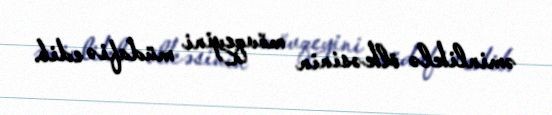
əminliklə ölkəsinin mövqeyini müdafiə edib.